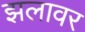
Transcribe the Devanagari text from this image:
झलावर